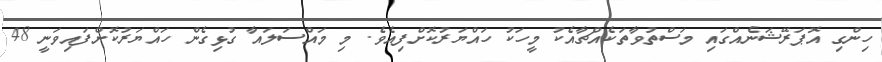
ހިންގި އޮޕަރޭޝަނެއްގައި މަސްތުވާތަކެއްޗާއެކު މީހަކު ހައްޔަރުކޮށްފިއެވެ. މި މައްސަލައާ ގުޅިގެން ހައްޔަރުކޮށްފައިވަނީ 48